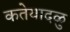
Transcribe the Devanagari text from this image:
कतेयादळु